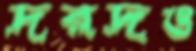
দরদও